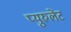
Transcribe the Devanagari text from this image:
प्युरुलेंट